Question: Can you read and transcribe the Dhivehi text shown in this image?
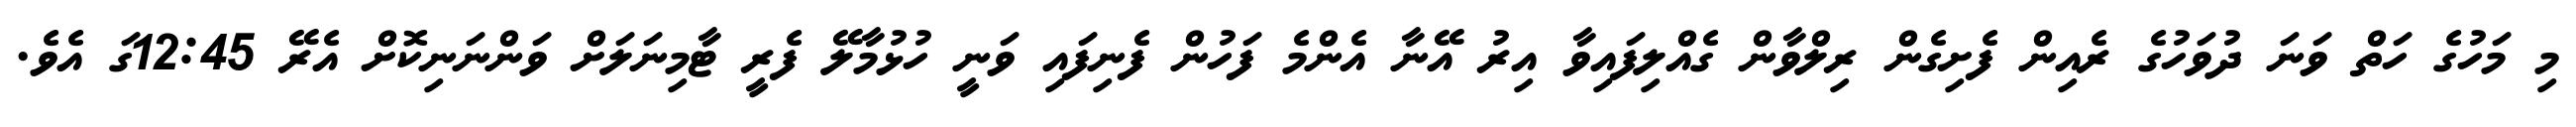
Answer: މި މަހުގެ ހަތް ވަނަ ދުވަހުގެ ރެއިން ފެށިގެން ރިލްވާން ގެއްލިފައިވާ އިރު އޭނާ އެންމެ ފަހުން ފެނިފައި ވަނީ ހުޅުމާލޭ ފެރީ ޓާމިނަލަށް ވަންނަނިކޮށް އެރޭ 12:45ގަ އެވެ.